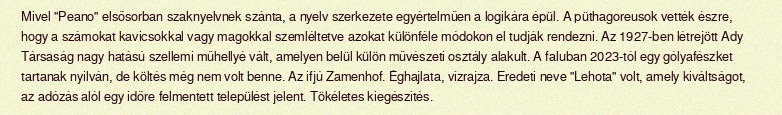
Mivel "Peano" elsősorban szaknyelvnek szánta, a nyelv szerkezete egyértelműen a logikára épül. A püthagoreusok vették észre, hogy a számokat kavicsokkal vagy magokkal szemléltetve azokat különféle módokon el tudják rendezni. Az 1927-ben létrejött Ady Társaság nagy hatású szellemi műhellyé vált, amelyen belül külön művészeti osztály alakult. A faluban 2023-tól egy gólyafészket tartanak nyilván, de költés még nem volt benne. Az ifjú Zamenhof. Éghajlata, vízrajza. Eredeti neve "Lehota" volt, amely kiváltságot, az adózás alól egy időre felmentett települést jelent. Tökéletes kiegészítés.